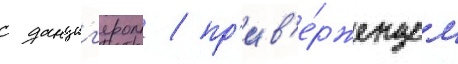
с данциг'ером / пр'ив'е́рженцем